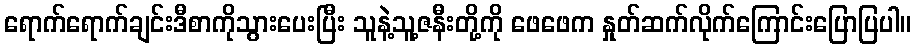
ရောက်ရောက်ချင်းဒီစာကိုသွားပေးပြီး သူနဲ့သူ့ဇနီးတို့ကို ဖေဖေက နှုတ်ဆက်လိုက်ကြောင်းပြောပြပါ။